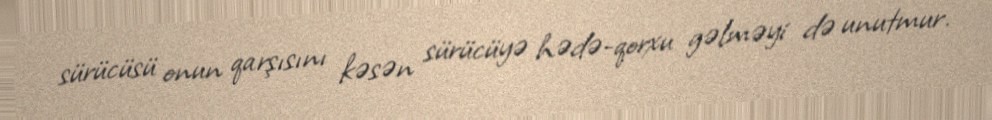
sürücüsü onun qarşısını kəsən sürücüyə hədə-qorxu gəlməyi də unutmur.